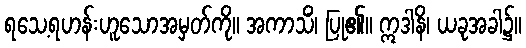
ရသေ့ရဟန်းဟူသောအမှတ်ကို။ အကာသိံ၊ ပြု၏။ ဣဒါနိ၊ ယခုအခါ၌။